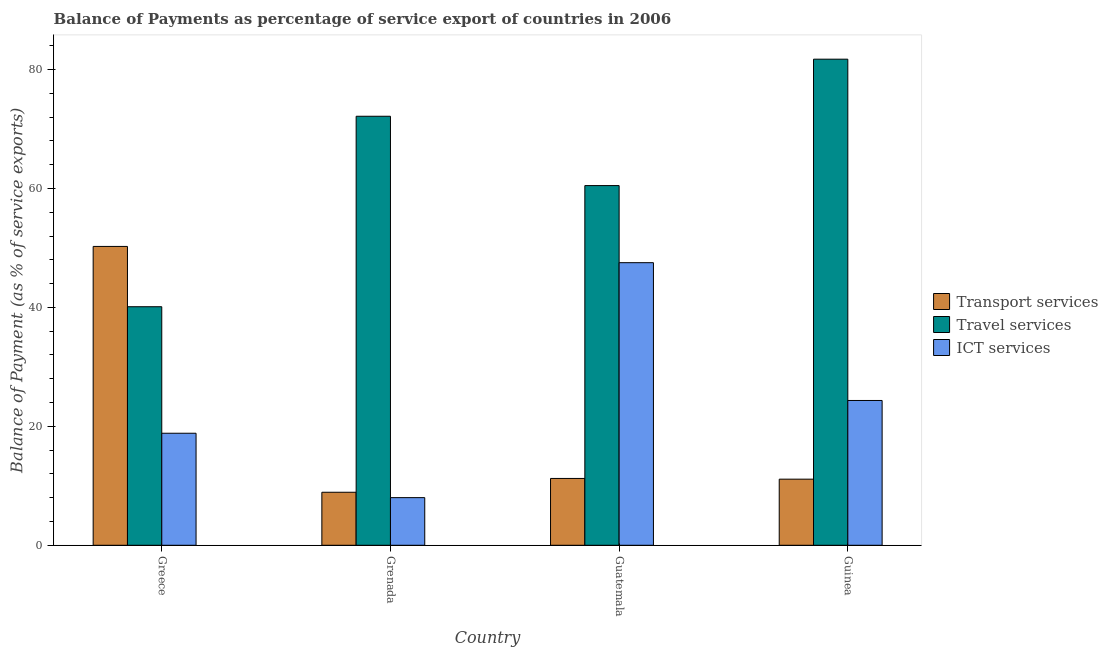
| Country | Transport services | Travel services | ICT services |
 | --- | --- | --- | --- |
 | Greece | 50.3 | 40.1 | 18.8 |
 | Grenada | 8.92 | 72.1 | 8.01 |
 | Guatemala | 11.2 | 60.5 | 47.5 |
 | Guinea | 11.1 | 81.7 | 24.3 |